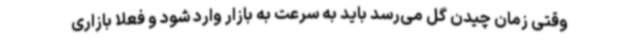
وقتی زمان چیدن گل می‌رسد باید به سرعت به بازار وارد شود و فعلا بازاری